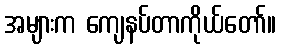
အများက ကျေနပ်တာကိုယ်တော်။